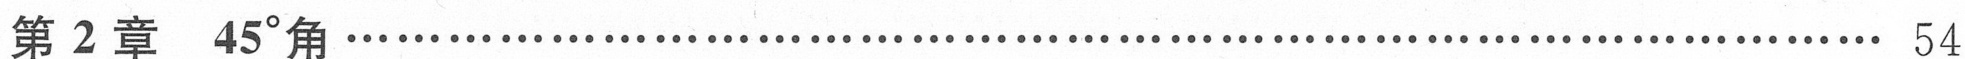
第 2 章 \quad $45^{\circ}$角\dotfill 54